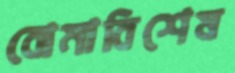
বোমাবিশেষ